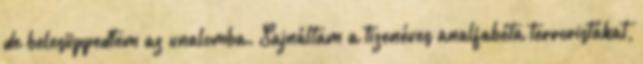
de belesüppedtem az unalomba. Sajnáltam a tizenéves analfabéta terroristákat,